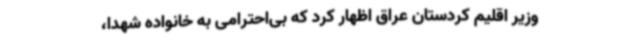
وزیر اقلیم کردستان عراق اظهار کرد که بی‌احترامی به خانواده شهدا،